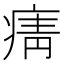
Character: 𭼓